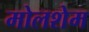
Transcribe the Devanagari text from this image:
मोलशेम